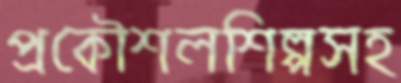
প্রকৌশলশিল্পসহ